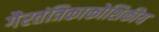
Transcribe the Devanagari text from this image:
गैरतंत्रिकाकोशिकीय